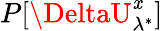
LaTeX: P[\DeltaU_{\lambda^{*}}^{\mathit{x}}]